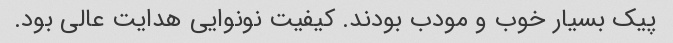
پیک بسیار خوب و مودب بودند. کیفیت نونوایی هدایت عالی بود.